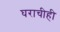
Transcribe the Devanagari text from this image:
घराचीही